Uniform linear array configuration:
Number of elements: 24
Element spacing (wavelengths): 0.25
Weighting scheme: cosine
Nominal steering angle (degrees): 15
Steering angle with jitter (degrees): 13.785
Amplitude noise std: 0.05
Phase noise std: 0.05

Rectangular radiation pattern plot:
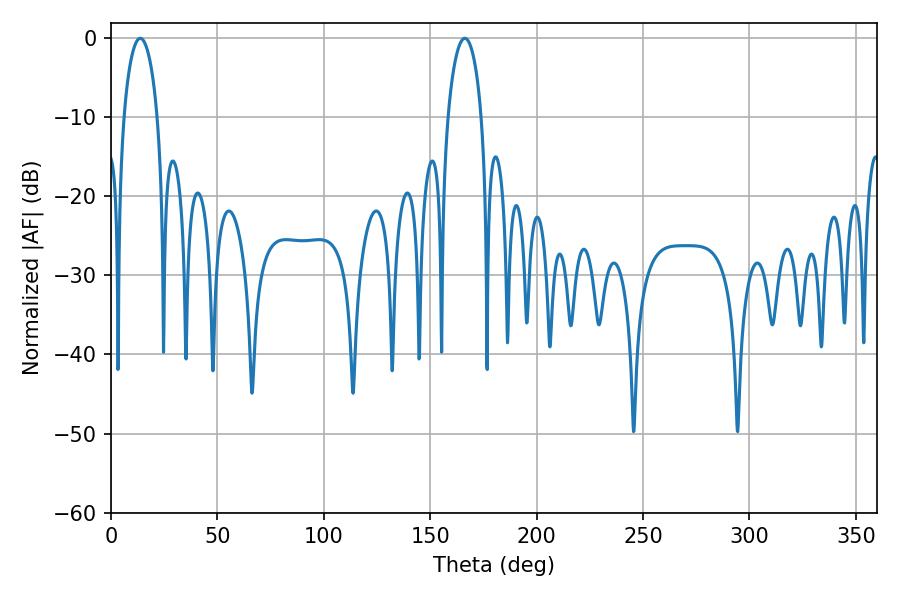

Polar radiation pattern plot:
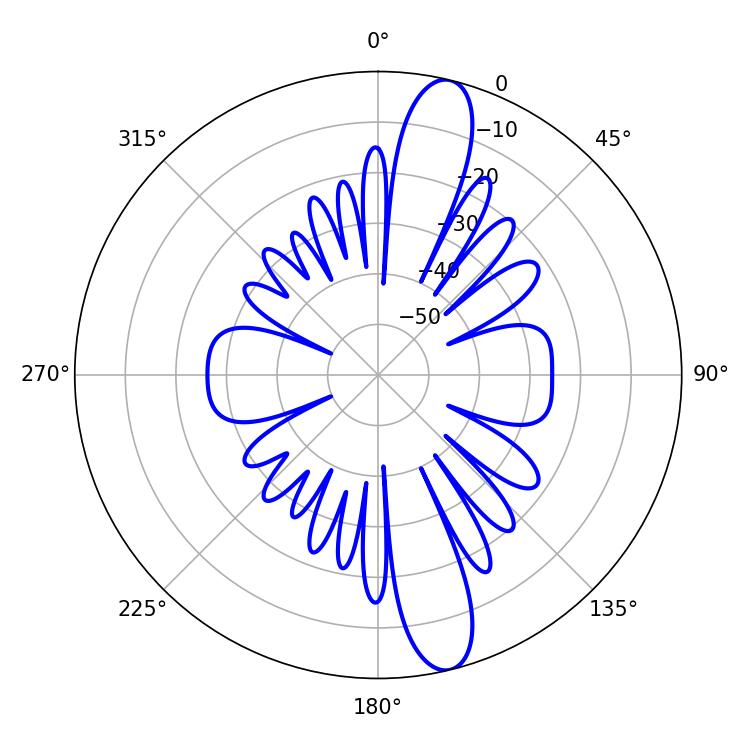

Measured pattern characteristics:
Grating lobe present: FALSE
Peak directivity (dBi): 13.819
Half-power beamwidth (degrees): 9
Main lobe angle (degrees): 13.68